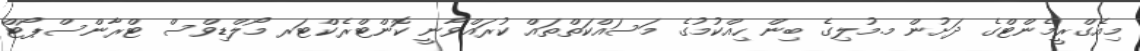
މިއެގްރީމެންޓްގެ ދަށުން މ.މުލިގެ ބިން ހިއްކުމުގެ މަސައްކަތްތައް ކުރައްވާނީ ކޮންޓްރެކްޓަރ މޯލްޑިވްސް ޓްރާންސްޕޯޓް